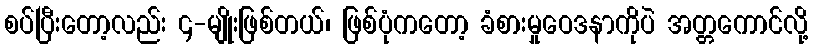
စပ်ပြီးတော့လည်း ၄-မျိုးဖြစ်တယ်၊ ဖြစ်ပုံကတော့ ခံစားမှုဝေဒနာကိုပဲ အတ္တကောင်လို့